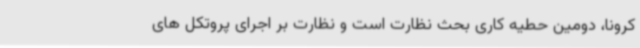
کرونا، دومین حطیه کاری بحث نظارت است و نظارت بر اجرای پروتکل های